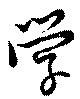
学